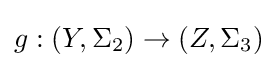
g:(Y,\Sigma _{2})\to (Z,\Sigma _{3})